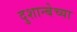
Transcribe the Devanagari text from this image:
दुशान्बेच्या